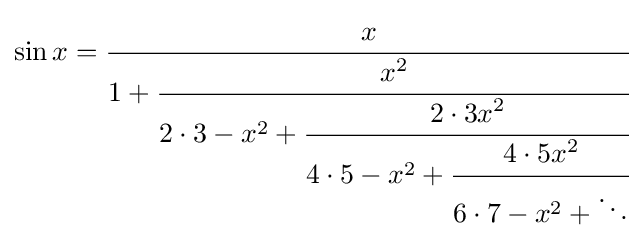
\sin x={\cfrac {x}{1+{\cfrac {x^{2}}{2\cdot 3-x^{2}+{\cfrac {2\cdot 3x^{2}}{4\cdot 5-x^{2}+{\cfrac {4\cdot 5x^{2}}{6\cdot 7-x^{2}+\ddots }}}}}}}}